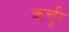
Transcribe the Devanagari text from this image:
कर्चुर